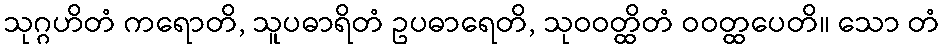
သုဂ္ဂဟိတံ ကရောတိ, သူပဓာရိတံ ဥပဓာရေတိ, သုဝဝတ္ထိတံ ဝဝတ္ထပေတိ။ သော တံ